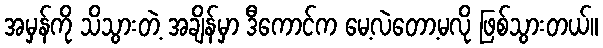
အမှန်ကို သိသွားတဲ့ အချိန်မှာ ဒီကောင်က မေ့လဲတော့မလို ဖြစ်သွားတယ်။